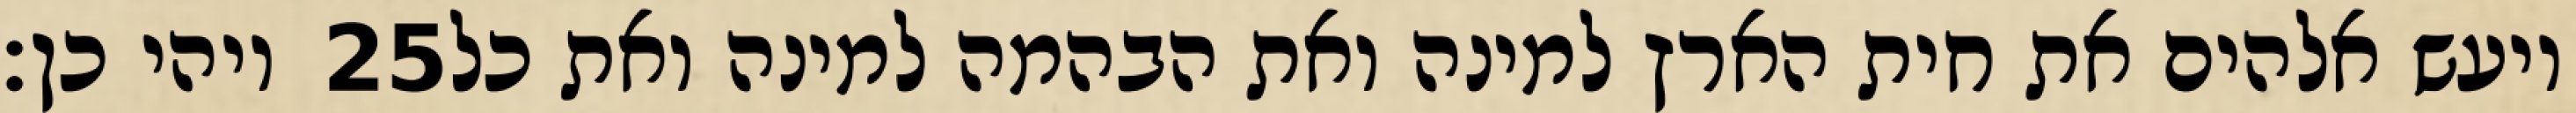
ויהי כן׃ ‎25‏ ויעש אלהים את חית הארץ למינה ואת הבהמה למינה ואת כל